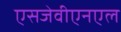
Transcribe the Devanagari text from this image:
एसजेवीएनएल